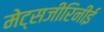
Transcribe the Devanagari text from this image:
मेट्सजीरिनीई